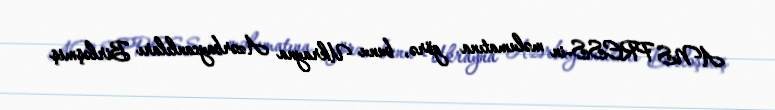
ANS PRESS-in məlumatına görə, bunu Ukrayna Azərbaycanlıları Birləşmiş